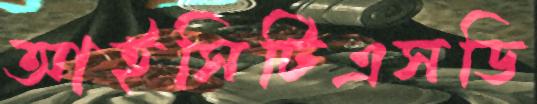
আইসিটিএসডি